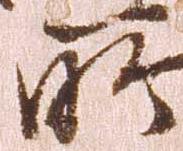
所